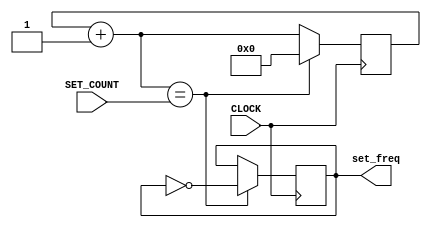
`timescale 1ns / 1ps
//////////////////////////////////////////////////////////////////////////////////
// Company: 
// Engineer: 
// 
// Design Name: 
// Module Name: modular_clock
// Project Name: 
// Target Devices: 
// Tool Versions: 
// Description: 
// 
// Dependencies: 
// 
// Revision:
// Revision 0.01 - File Created
// Additional Comments:
// 
//////////////////////////////////////////////////////////////////////////////////


module modular_clock(
    input CLOCK,
    input [30:0] SET_COUNT,
    output reg set_freq = 0
    );
    
    reg [30:0] COUNT = 0;
always @ (posedge CLOCK) begin
    COUNT = COUNT + 1;
    
    set_freq <= ( COUNT == SET_COUNT ) ? ~set_freq: set_freq;
    COUNT = ( COUNT == SET_COUNT ) ? 0:COUNT;
end
endmodule